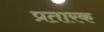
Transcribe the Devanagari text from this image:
प्रतारक